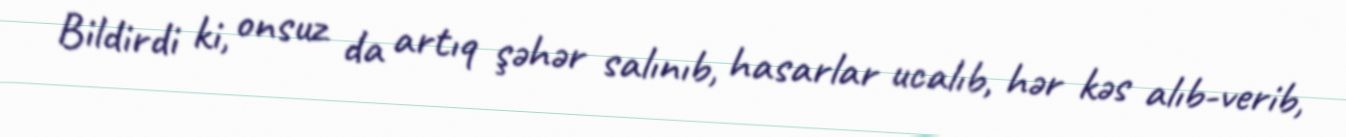
Bildirdi ki, onsuz da artıq şəhər salınıb, hasarlar ucalıb, hər kəs alıb-verib,